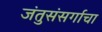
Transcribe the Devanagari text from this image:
जंतुसंसर्गाचा